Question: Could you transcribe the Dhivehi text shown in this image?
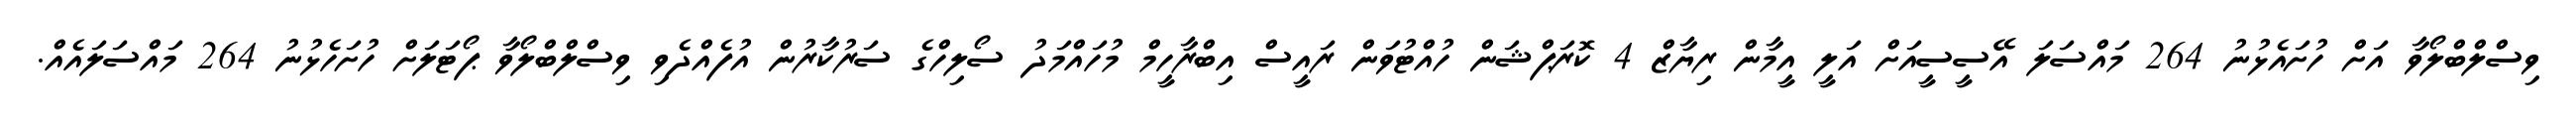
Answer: ވިސްލްބްލޯވާ އަށް ހުށައެޅުނު 264 މައްސަލަ އޭސީސީއަށް އަލީ އީމާން ރިޔާޒް 4 ކޮރަޕްޝަން ހުއްޓުވަން ރައީސް އިބްރާހީމް މުހައްމަދު ސޯލިހްގެ ސަރުކާރުން އުފެއްދެވި ވިސްލްބްލޯވާ ޕޯޓަލަށް ހުށަހެޅުނު 264 މައްސަލައެއް.